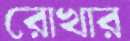
রোখার